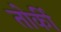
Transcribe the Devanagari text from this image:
तोर्की